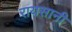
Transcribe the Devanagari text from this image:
रायसानी